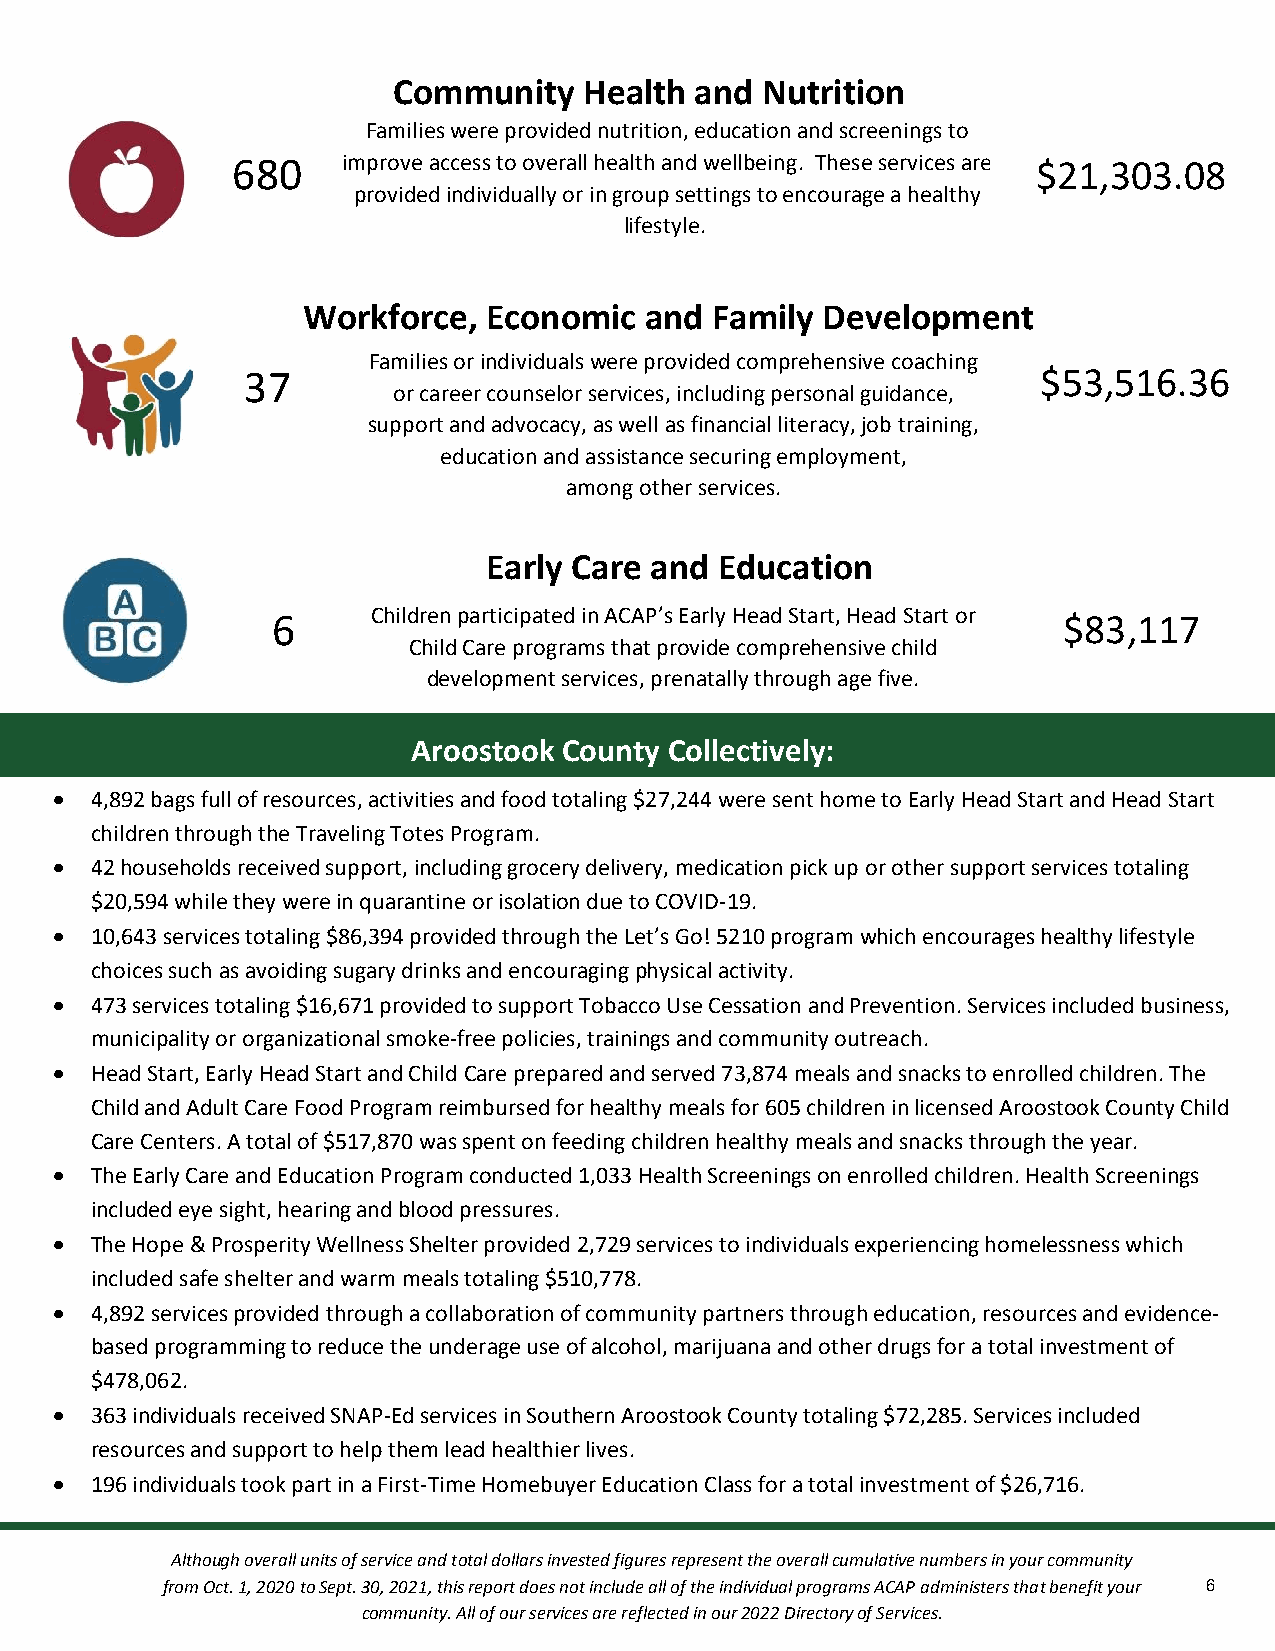
Community    Health and Nutrition
 Families were provided nutrition, education and screenings to
 680     imp rove access to overall healt&h a nd wellbeing. These services are $21,303.08
 provided individually or in group settings to encourage a healthy
 lifestyle.
 cation
 Workforce,  Economic   and Family Development
 Families or individuals were provided comprehensive coaching
 37                                                   $53,516.36
 or career counselor services, including personal guidacnacet,i on
 support and advocacy, as well as financial literacy, job training,
 education and assistance securing employment,
 among other services.
 Early Care and  Education
 6      Children participated in ACAP’s Early Head Start, Head Start or $83,117
 Child Care programs that provide comprehensive child
 development services, prenatally through age five.
 Aroostook County Collectively:
  4,892 bags full of resources, activities and food totaling $27,244 were sent home to Early Head Start and Head Start
 children through the Traveling Totes Program.
  42 households received support, including grocery delivery, medication pick up or other support services totaling
 $20,594 while they were in quarantine or isolation due to COVID-19.
  10,643 services totaling $86,394 provided through the Let’s Go! 5210 program which encourages healthy lifestyle
 choices such as avoiding sugary drinks and encouraging physical activity.
  473 services totaling $16,671 provided to support Tobacco Use Cessation and Prevention. Services included business,
 municipality or organizational smoke-free policies, trainings and community outreach.
  Head Start, Early Head Start and Child Care prepared and served 73,874 meals and snacks to enrolled children. The
 Child and Adult Care Food Program reimbursed for healthy meals for 605 children in licensed Aroostook County Child
 Care Centers. A total of $517,870 was spent on feeding children healthy meals and snacks through the year.
  The Early Care and Education Program conducted 1,033 Health Screenings on enrolled children. Health Screenings
 included eye sight, hearing and blood pressures.
  The Hope & Prosperity Wellness Shelter provided 2,729 services to individuals experiencing homelessness which
 included safe shelter and warm meals totaling $510,778.
  4,892 services provided through a collaboration of community partners through education, resources and evidence-
 based programming to reduce the underage use of alcohol, marijuana and other drugs for a total investment of
 $478,062.
  363 individuals received SNAP-Ed services in Southern Aroostook County totaling $72,285. Services included
 resources and support to help them lead healthier lives.
  196 individuals took part in a First-Time Homebuyer Education Class for a total investment of $26,716.
 Although overall units of service and total dollars invested figures represent the overall cumulative numbers in your community
 from Oct. 1, 2020 to Sept. 30, 2021, this report does not include all of the individual programs ACAP administers that benefit your 6
 community. All of our services are reflected in our 2022 Directory of Services.